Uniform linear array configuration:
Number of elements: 4
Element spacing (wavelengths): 0.75
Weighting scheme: blackman
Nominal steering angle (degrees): -45
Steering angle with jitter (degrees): -45.435
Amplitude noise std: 0.05
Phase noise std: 0.05

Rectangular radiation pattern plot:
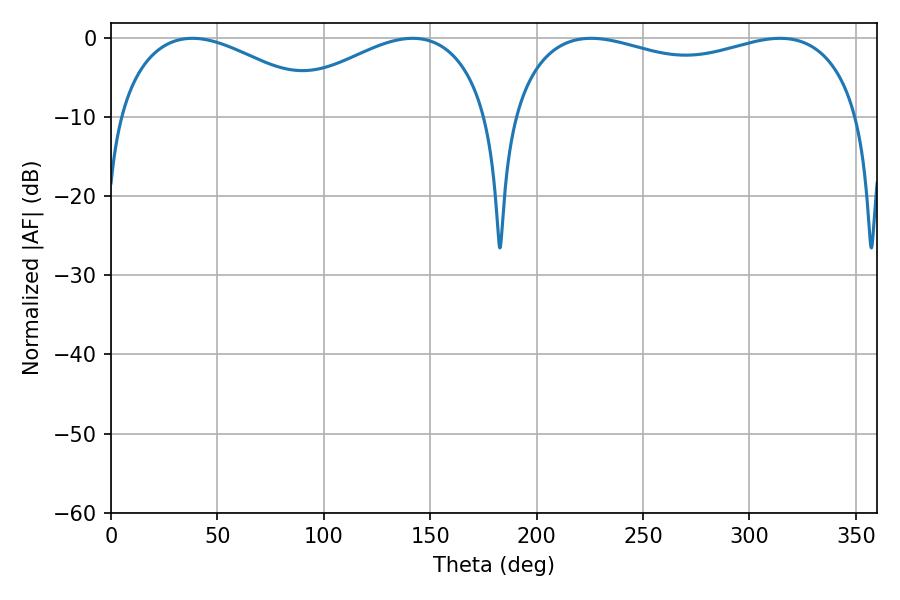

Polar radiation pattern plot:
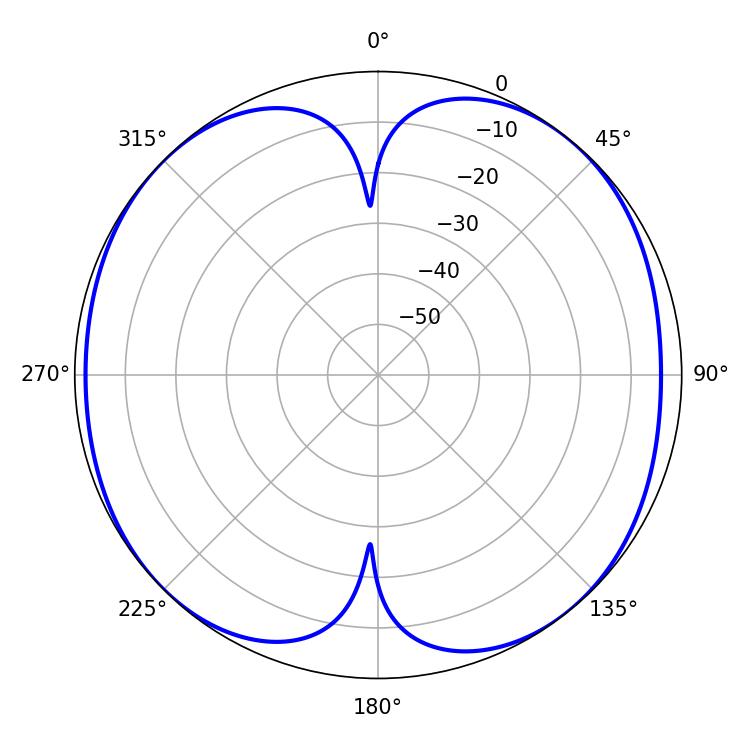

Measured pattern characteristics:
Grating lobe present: TRUE
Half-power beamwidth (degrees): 135
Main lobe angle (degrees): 225.54